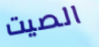
الصيت